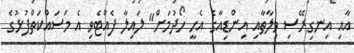
އާއި އިނގިރޭސި ވިލާތާއި އިންޑިއާގެ އެހީ ހޯދުމަށް" ލައިލާ ފެއްޓެވި އެ މަސައްކަތްޕުޅުގެ